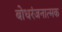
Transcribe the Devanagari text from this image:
बोधरंजनात्मक